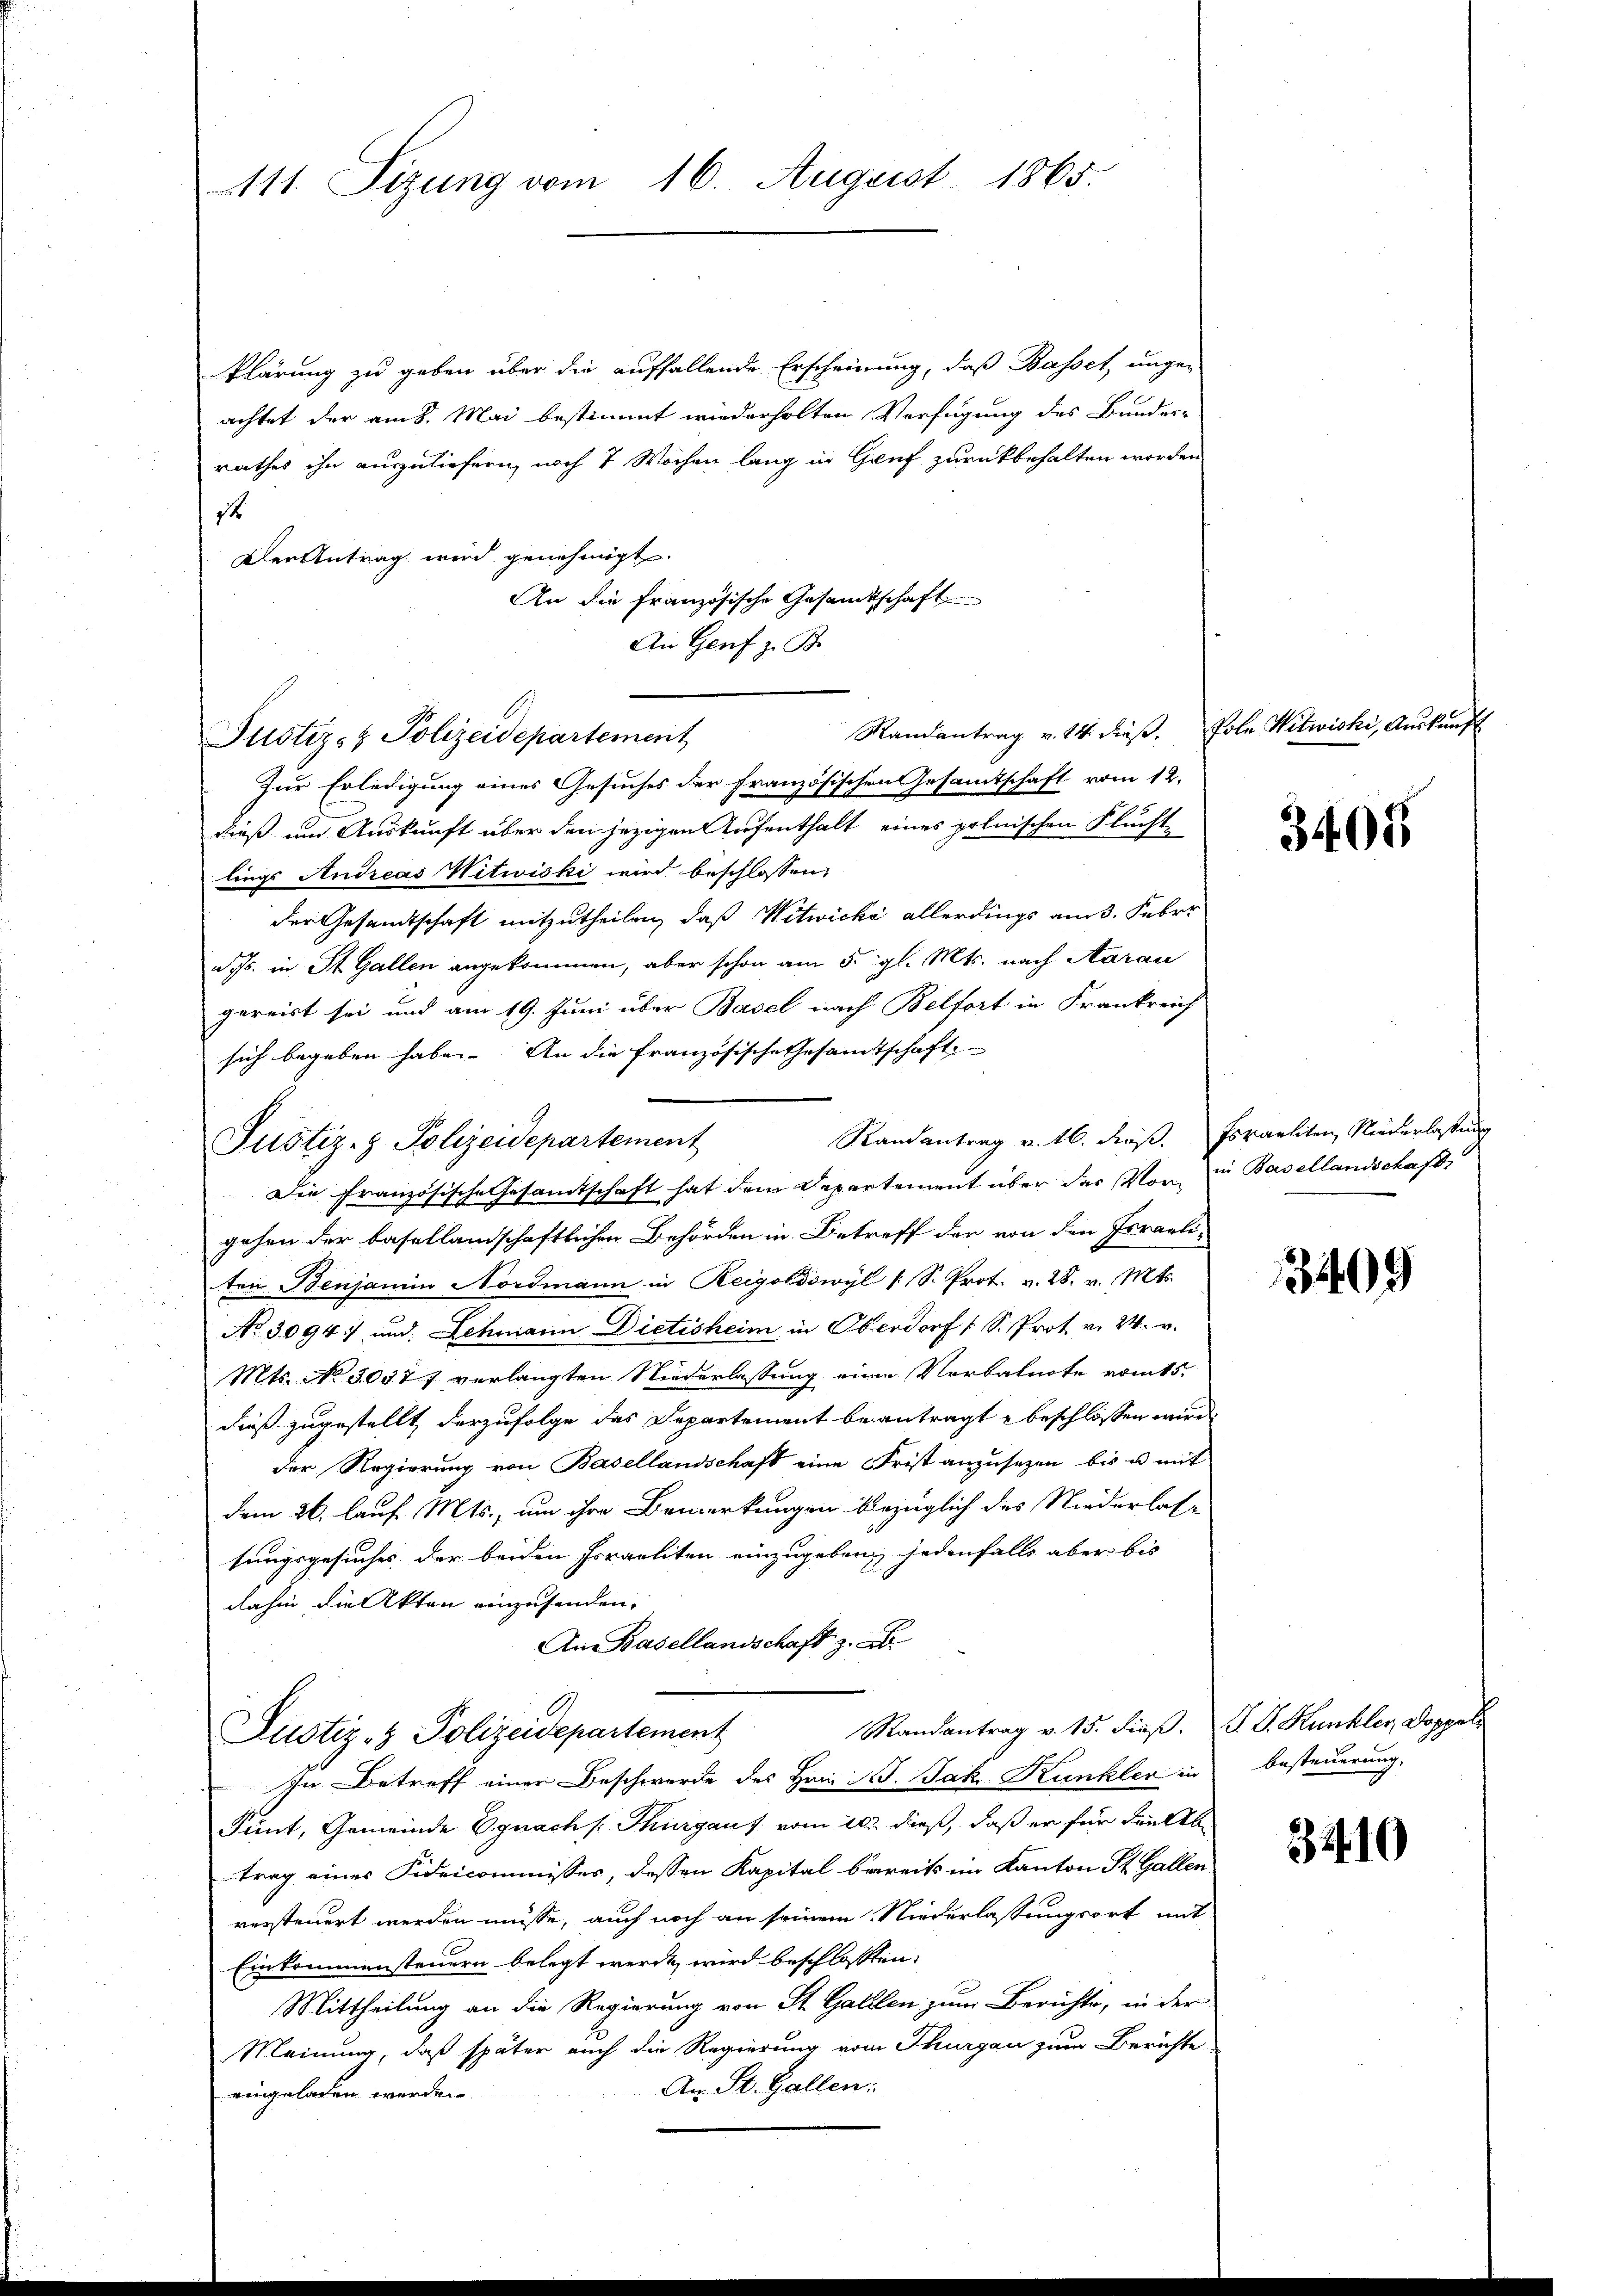
111. Sizung vom 16. August 1865.

klärung zu geben über die auffallende Erscheinung, daß Basset unge-
achtet der am 8. Mai bestimmt wiederholten Verfügung des Bundes-
rathes ihn auszuliefern noch 7 Wochen lang in Gruf zurückbehalten worden
14
Der Antrag wird genehmigt.
An die französische Gesandtschaft
Mandantrag v. 14. dieβ. Pole Witwicki, Auskunft
Zur Erledigung eines Gesuches der französischen Gesamtschaft vom 12.
dieß um Auskunft über den jezigen Aufenthalt eines polnischen Fluchtlings Andreas Witwiski wird beschlossen:
der Gesandtschaft mitzutheilen, daß Witwicke allerdings am 3. Feber
d. Js. in St. Gallen angekommen, aber schon am 5. gl. Mts. nach Aarau
gereist sei und am 19. Juni über Basel nach Belfort in Frankreich
sich begeben habe. An die französische Gesamtschaft
Randantrag v. 16. dieß. Fsraeliten, Niederlassung
Justiz- & Polizeidepartement
Die Französische Gesamtschaft hat dem Departement über das Vor- in Basellandschaft
gehen der basellandschaftlichen Behörden in Betreff der von den Israeli-
ten Benjamin Nordmann in Reigoldswyl (S. Prot. v. 28. v. Mts.
No 3094) und Schmann Dietisheim in Oberdorf (S. Prot. v. 24. v.
Mts. No. 50577 verlangten Niederlassung eine Verbalnote vom 15.
dieß zugestellt, derzufolge das Departement beantragt u beschlossen wird.
der Regierung von Basellandschaft eine Frist anzusetzen bis u mit
dem 26. lauf Mts., um ihre Bemerkungen bezüglich des Niederlassungsgesuches der beiden Frraeliten einzugeben, jedenfalls aber bis
dahin die Akten einzusenden.
An Basellandschaft z. B.
Mandantrag v. 15. dieß. J. J. Kunkler, Doppel
Justiz- & Polizeidepartement
In Betreff einer Beschwerde des Hrn. Jak. Kunkler in
Fünt, Gemeinde Egnach Thurgaus vom 20. dieß, daß er für dielte
trag eines Fideicommisses, dessen Kapital bereits im Kanton St. Gallen
versteuert werden müsse, auch noch an seinem Niederlassungsort mit
Einkommensteuern belegt werde wird beschlossen:
Mittheilung an die Regierung von St. Galllen zum Berichte, in der
Meinung, daß später auch die Regierung vom Thurgau zum Berichte
An St. Gallen:
eingeladen worden.

An Genf z. B.
Justiz- & Polizeidepartement

3405

3409

besteuerung.

8410